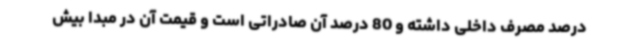
درصد مصرف داخلی داشته و 80 درصد آن صادراتی است و قیمت آن در مبدا بیش